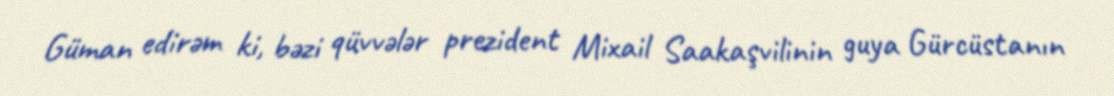
Güman edirəm ki, bəzi qüvvələr prezident Mixail Saakaşvilinin guya Gürcüstanın